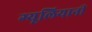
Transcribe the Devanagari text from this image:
ग्यूलियानी